Vital statistics of India. Vol. IV, Annual returns from 1871 to 1876. British Army of India, Native Army and jails of Bengal
Year: 1871
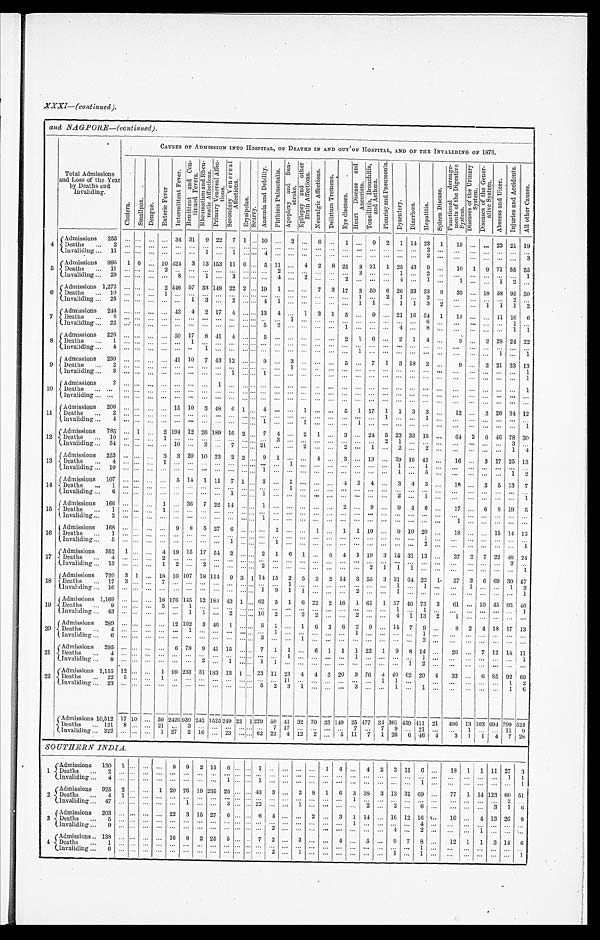
XXXI—(continued).
and NAGPORE—(continued).
Total Admissions
and Loss of the Year
by Deaths and
Invaliding.
CAUSES OF ADMISSION INTO HOSPITAL, OF DEATHS IN AND OUT OF HOSPITAL, AND OF THE INVALIDING . OF 1876.
C h o l e r a .
S m a l l p o x .
D e n g u e .
E n t e r i c F e v e r .
I n t e r m i t t e n t F e v e r .
R e m i t t e n t a n d c o n
t i n u e d F e v e r s .
R h e u m a t i s m a n d R h e u - m a t i c A f f e c t i o n s .
P r i m a r y V e n e r e a l A f f e c -
t i o n s .
S e c o n d r y V e n e r e a l
A f f e c t i o n s .
E r y s i p e l a s . S c u r v y .
A n æ m i a a n d D e b i l i t y . P h t h i s i s P u l m o n a l i s . A p o p l e x y a n d
S t r o k e ,
E p i l e p s y a n d o t h e r
B r a i n N e u r a l g i c A f f e c t i o n s .
D e l i r i u m T r e m e n s .
E y e d i s e a s e s .
a n d A s t h m a .
H e a r t d i s e a s a n d
A n e u r i s m . T o n s i l l i t s , B r o n c h i t i
a n d A s t h m a s . P l e u r i s y a n d P n e u m o n i a .
D y s e n t e r y D i a r r h œ a . H e p a t i t i s .
S p l e e n D i s e a s e .
F u n c t i o n a l d e r a n a g e -
m e n t s o f t h e D i g e s t i v e
S y s t e m . D i s e a s e s o f t h e U r i n a r y
S y s t e m . D i s e a s e o f t h e G e n e r -
a t i v e S y s t e m .
A b c e s s a n d U l c e r .
I n j u r i e s a n d A c c i d e n t s .
A l l o t h e r C a u s e s .
4
Admissions 255
34 31 9 22 7 1 10
2
6
1
9 2 1 14 23 1 19
23 21 19
Deaths 2
2
I n v a l i d i n g 1 1
1
1
4
2
3
5
Admissions 995 1 6
10 4 2 4 3 13 153 11 6
5 11
4 2 8 25 3 31 1 25 43 9
10 1 9 71 55 55
D e a t h s 1 1
2
2
3
1
2
1
I n v a l i d i n g 2 9
8
1
3
4
2
2
4
1
1
1 2
6
Admissions 1,272
2 546 57 33 148 22 2 19 1
7 3 17 3 50 6 26 33 33 8 35
18 58 95 50
Deaths 10
1
1
2 1
3
2
Invaliding 25
1 3
2
4 1
1 1
1 1 3 2
1 1 1 2
7
Admissions 244
43 4 2 17 4
13 4
1 3 1 5
9
21 16 54 1 13
11 16 6
D e a t h s 8
1
6
1
I n v a l i d i n g 2 3
5 2
1
4
8
1 1
8
Admissions 226
50 17 8 41 4
5
2 1 6
2 1 4
9
2 28 24 22
Deaths 1
1
Invaliding 4
1
1
1
1
9
Admisssions 239
41 10 7 43 12
9
3
5
7 1 3 18 2
9
2 21 33 13
Deaths .2
1
1
I n v a l i d i n g 3
1
1
1
10
Admissions 2
1
1
Deaths
Invaliding
11
A d m i s s i o n s 2 0 6
15 10 3 48 6 1
4
1
5 1 17 1 1 3 3
12
3 26 34 12
De a t hs 2
1
1
Invaliding 4
1
1
1
1
12
Admissions 785
1
2 194 12 26 189 16 2
7 4
2 1
3
24 5 23 33 15
64 2 6 46 78 30
D e a t h s 1 0
1
3
2 1
3
Invaliding 54
1 0
2
7
2 1
2
2
1
2
2
1 4
1 3 Admissions 253
3 3 20 10 23 2 2
9 1
4
3
13
29 15 42
16
3 17 25 13
D e a t h s 4
1
1
1
1
I n v a l i d i n g 1 0
1
1
5
1 2
14
Admissions 107
5 14 1 11 7 1
3
1
4 2 4
3 4 3
16
3 5 13 7
Deaths
1
1
Invaliding 6
1
1
3
1
1
15
Admissions 166
1
36 7 22 14
1
2
9
9 4 6
17
6 8 19 5
Deaths 1
1
Invaliding 2
1
1
16
Admissions 168
9 8 5 27 6
1
1
1 1 10
9 10 20
18
15 14 13
Deaths 1
1
I n v a l i d i n g 5
1
1
2
1
17
Admissions 352 1
4 19 15 17 54 2
2 1 6 1
6 4 1 19 3 15 31 13
37 2 7 22 46 24
Deaths 4
2
2
Invaliding 13
1 2
2
2
2 1 1 1
1
1 8 Admissions 720 3 1
18 10 107 18 114 9 3 1 14 15 2 5 3 2 14 3 55 3 31 64 22 1 37 3 6 69 30 57
D e a t h s 1 7 3
7
1
1
1
1
1 2
Invaliding 16
1 9 1 1
2
1
1
19
Admissions 1,169
18 176 145 12 183 43 1 62 5 1 6 22 2 16 1 61 1 37 46 73 3 61
10 45 93 46
Deaths 9
5
1
1
1
1
Invaliding 43
1 1
2
10 2
2 2
2
4 1 13 2 1
2 0 Admissions 289
12 102 3 46 1
5 1
1 6 3 6 2 9
14 7 9
8 2 4 18 17 13
D e a t h s 4
1
1
1
1
I n v a l i d i n g 6
3
1
2
21
A d m i s s i o n s 2 9 5
6 78 9 41 15
7 1 1
6 1 1 1 22 1 9 8 14
26
7 12 18 11
Deaths 4
.
1
1
1
1
Invaliding 8
2
1
1 1
1 2
2 2
Admissions 1,155 12
1 99 233 31 183 13 1 23 11 23 4 4 3 20 3 76 4 40 62 20 4 33
6 85 92 69
D e a t h s 2 2 5
1
1 1
1 1
1 2
Invaliding 23
5 2 3 1
3
1
1
1 6
A d m i s s i o n s 1 0 , 5 1 2 17 10
59 2426 930 243 1 5 2 5 2 4 9 22 1 229 59 41 32 70 33 149 25 477 34 361 459 411 21 496 13 103 694 799 524
Deaths 121 8
21
3
7 17
7
7 9
21
1
11 9
Invaliding 322
1 27 2 16
23
62 23 4 12 2
5 11 7 1 26 6 46 4 3 1 1 4 7 28
SOUTHERN INDIA.
1
A d m i s s i o n s 1 3 0 1
8 9 2 11 6
1
1 4
4 2 3 11 6
18 1 1 11 27 3
Deaths2
1 1
I n v l i d i n g 4
1
1
1
1
2 Admissions 925 2
1 20 76 19 235 26
43 3
2 8 1 6 3 38 3 13 31 69
77 1 14 123 60 51
Deaths 4 1
1
2
Invaliding 47
1
3
2 2
1
2
2
6
3 1 6
3 Admissions 203
22 3 15 27 6
6 4
2
3 1 14
16 12 16
10
4 13 20 9
D e a t h s 5
1
4
I n v a l i d i n g 9
2
4
2
1
4
Admissions 138
16 8 2 25 5
7 2
3
4
5
9 9 7 8
12 1 1 3 14 6
Deaths 1
1
Invaliding 6
2
1
1
1
1